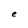
Character: e